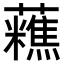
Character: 𧄝